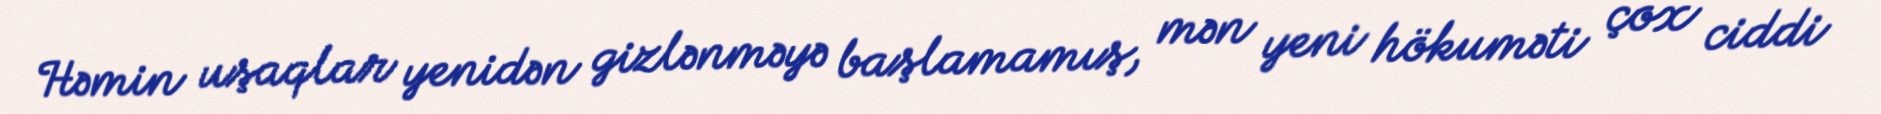
Həmin uşaqlar yenidən gizlənməyə başlamamış, mən yeni hökuməti çox ciddi